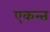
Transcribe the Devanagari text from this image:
एकन्त